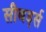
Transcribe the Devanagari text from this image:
सीबर्ड्स